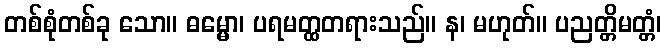
တစ်စုံတစ်ခု သော။ ဓမ္မော၊ ပရမတ္ထတရားသည်။ န၊ မဟုတ်။ ပညတ္တိမတ္တံ၊